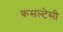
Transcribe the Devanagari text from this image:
कंसल्टेसी